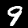
Label: 9